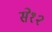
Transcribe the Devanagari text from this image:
से१२